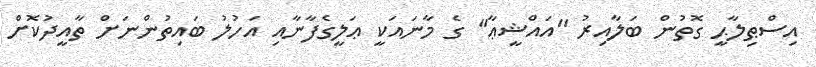
އިސްޠިލާޙީ ގޮތުން ބަލާއިރު ''އައްޝީޢާ'' ގެ މާނައަކީ ޢަލީގެފާނާއި އަހުލު ބައިތުންނަށް ތާއީދުކޮށް